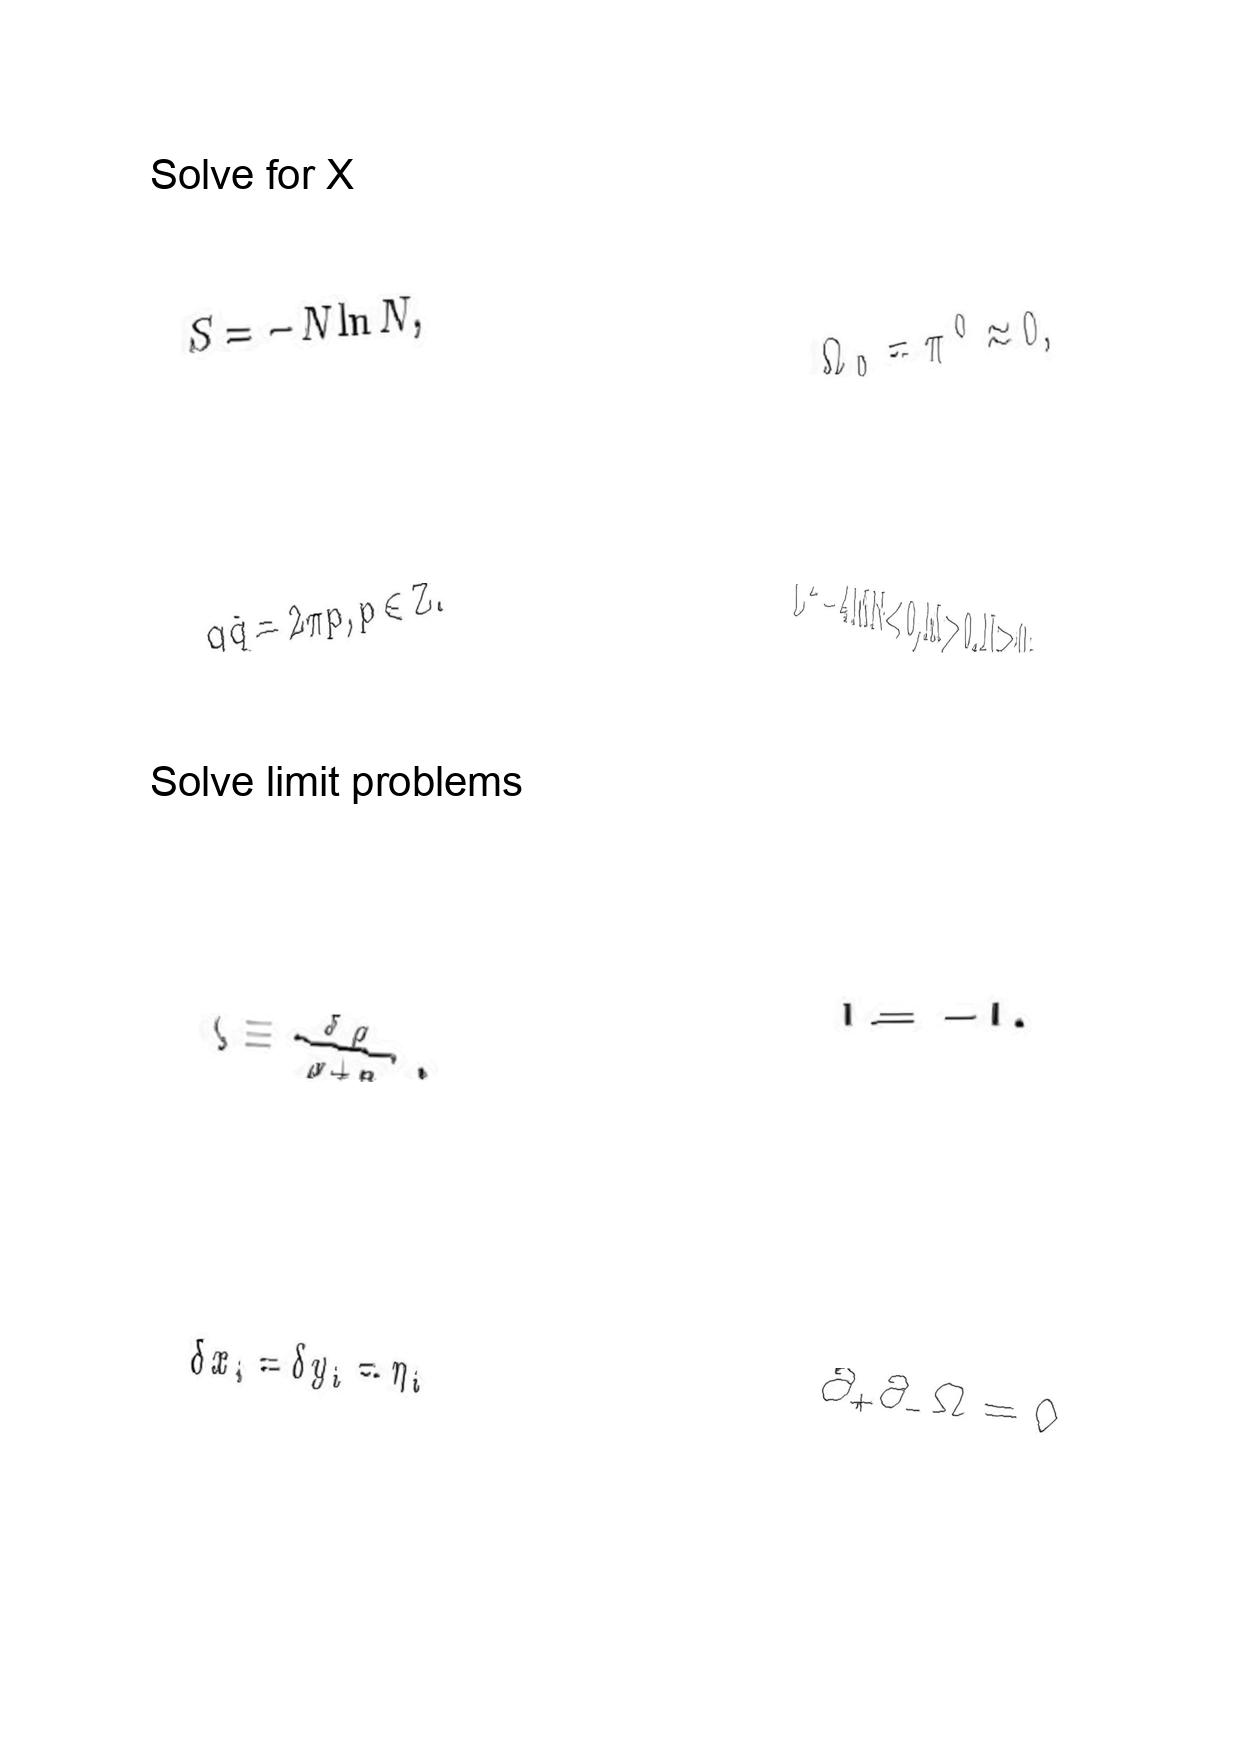
LaTeX transcription:
S = - N \ln N ,
q \tilde { q } = 2 \pi p , p \in Z .
\zeta \equiv \frac { \delta \rho } { \rho + p } .
\delta x _ { i } = \delta y _ { i } = \eta _ { i }
\Omega _ { 0 } = \pi ^ { 0 } \approx 0 ,
L ^ { 2 } - 4 M N \lt 0 , M \gt 0 , N \gt 0 .
I = - I .
\partial _ { + } \partial _ { - } \Omega = 0